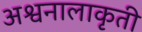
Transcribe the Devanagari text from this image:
अश्वनालाकृती